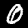
Label: 0